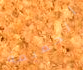
الخفيفة